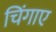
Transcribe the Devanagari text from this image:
चिंगाए